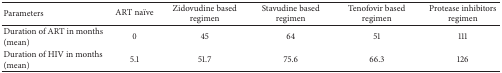
<table><thead><tr><td><b>Parameters</b></td><td><b>ART naïve</b></td><td><b>Zidovudine based regimen</b></td><td><b>Stavudine based regimen</b></td><td><b>Tenofovir based regimen</b></td><td><b>Protease inhibitors regimen</b></td></tr></thead><tbody><tr><td>Duration of ART in months (mean)</td><td>0</td><td>45</td><td>64</td><td>51</td><td>111</td></tr><tr><td>Duration of HIV in months (mean)</td><td>5.1</td><td>51.7</td><td>75.6</td><td>66.3</td><td>126</td></tr></tbody></table>